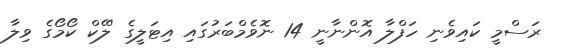
ރަސްމީ ކައިވެނި ހަފްލާ އޮންނާނީ 14 ނޮވެމްބަރުގައި އިޓަލީގެ 'ލޭކް ކޯމޯގެ ވިލާ